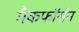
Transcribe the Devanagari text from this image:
मैकफॉर्सन